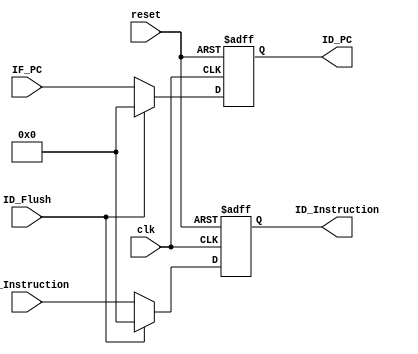
module IF_ID_reg (clk, reset, IF_PC, IF_Instruction, ID_PC, ID_Instruction, ID_Flush);
    input clk, reset, ID_Flush;
    input [31:0] IF_PC;
    input [31:0] IF_Instruction;
    output reg [31:0] ID_PC;
    output reg [31:0] ID_Instruction;
    always@(posedge clk or negedge reset) begin
        if (~reset) begin
            ID_PC <= 32'b0;
            ID_Instruction <= 32'b0;
        end
        else begin
            if (ID_Flush) begin
                ID_PC <= 32'b0;
                ID_Instruction <= 32'b0;
            end
            else begin
                ID_PC <= IF_PC;
                ID_Instruction <= IF_Instruction;
            end
        end
    end
endmodule